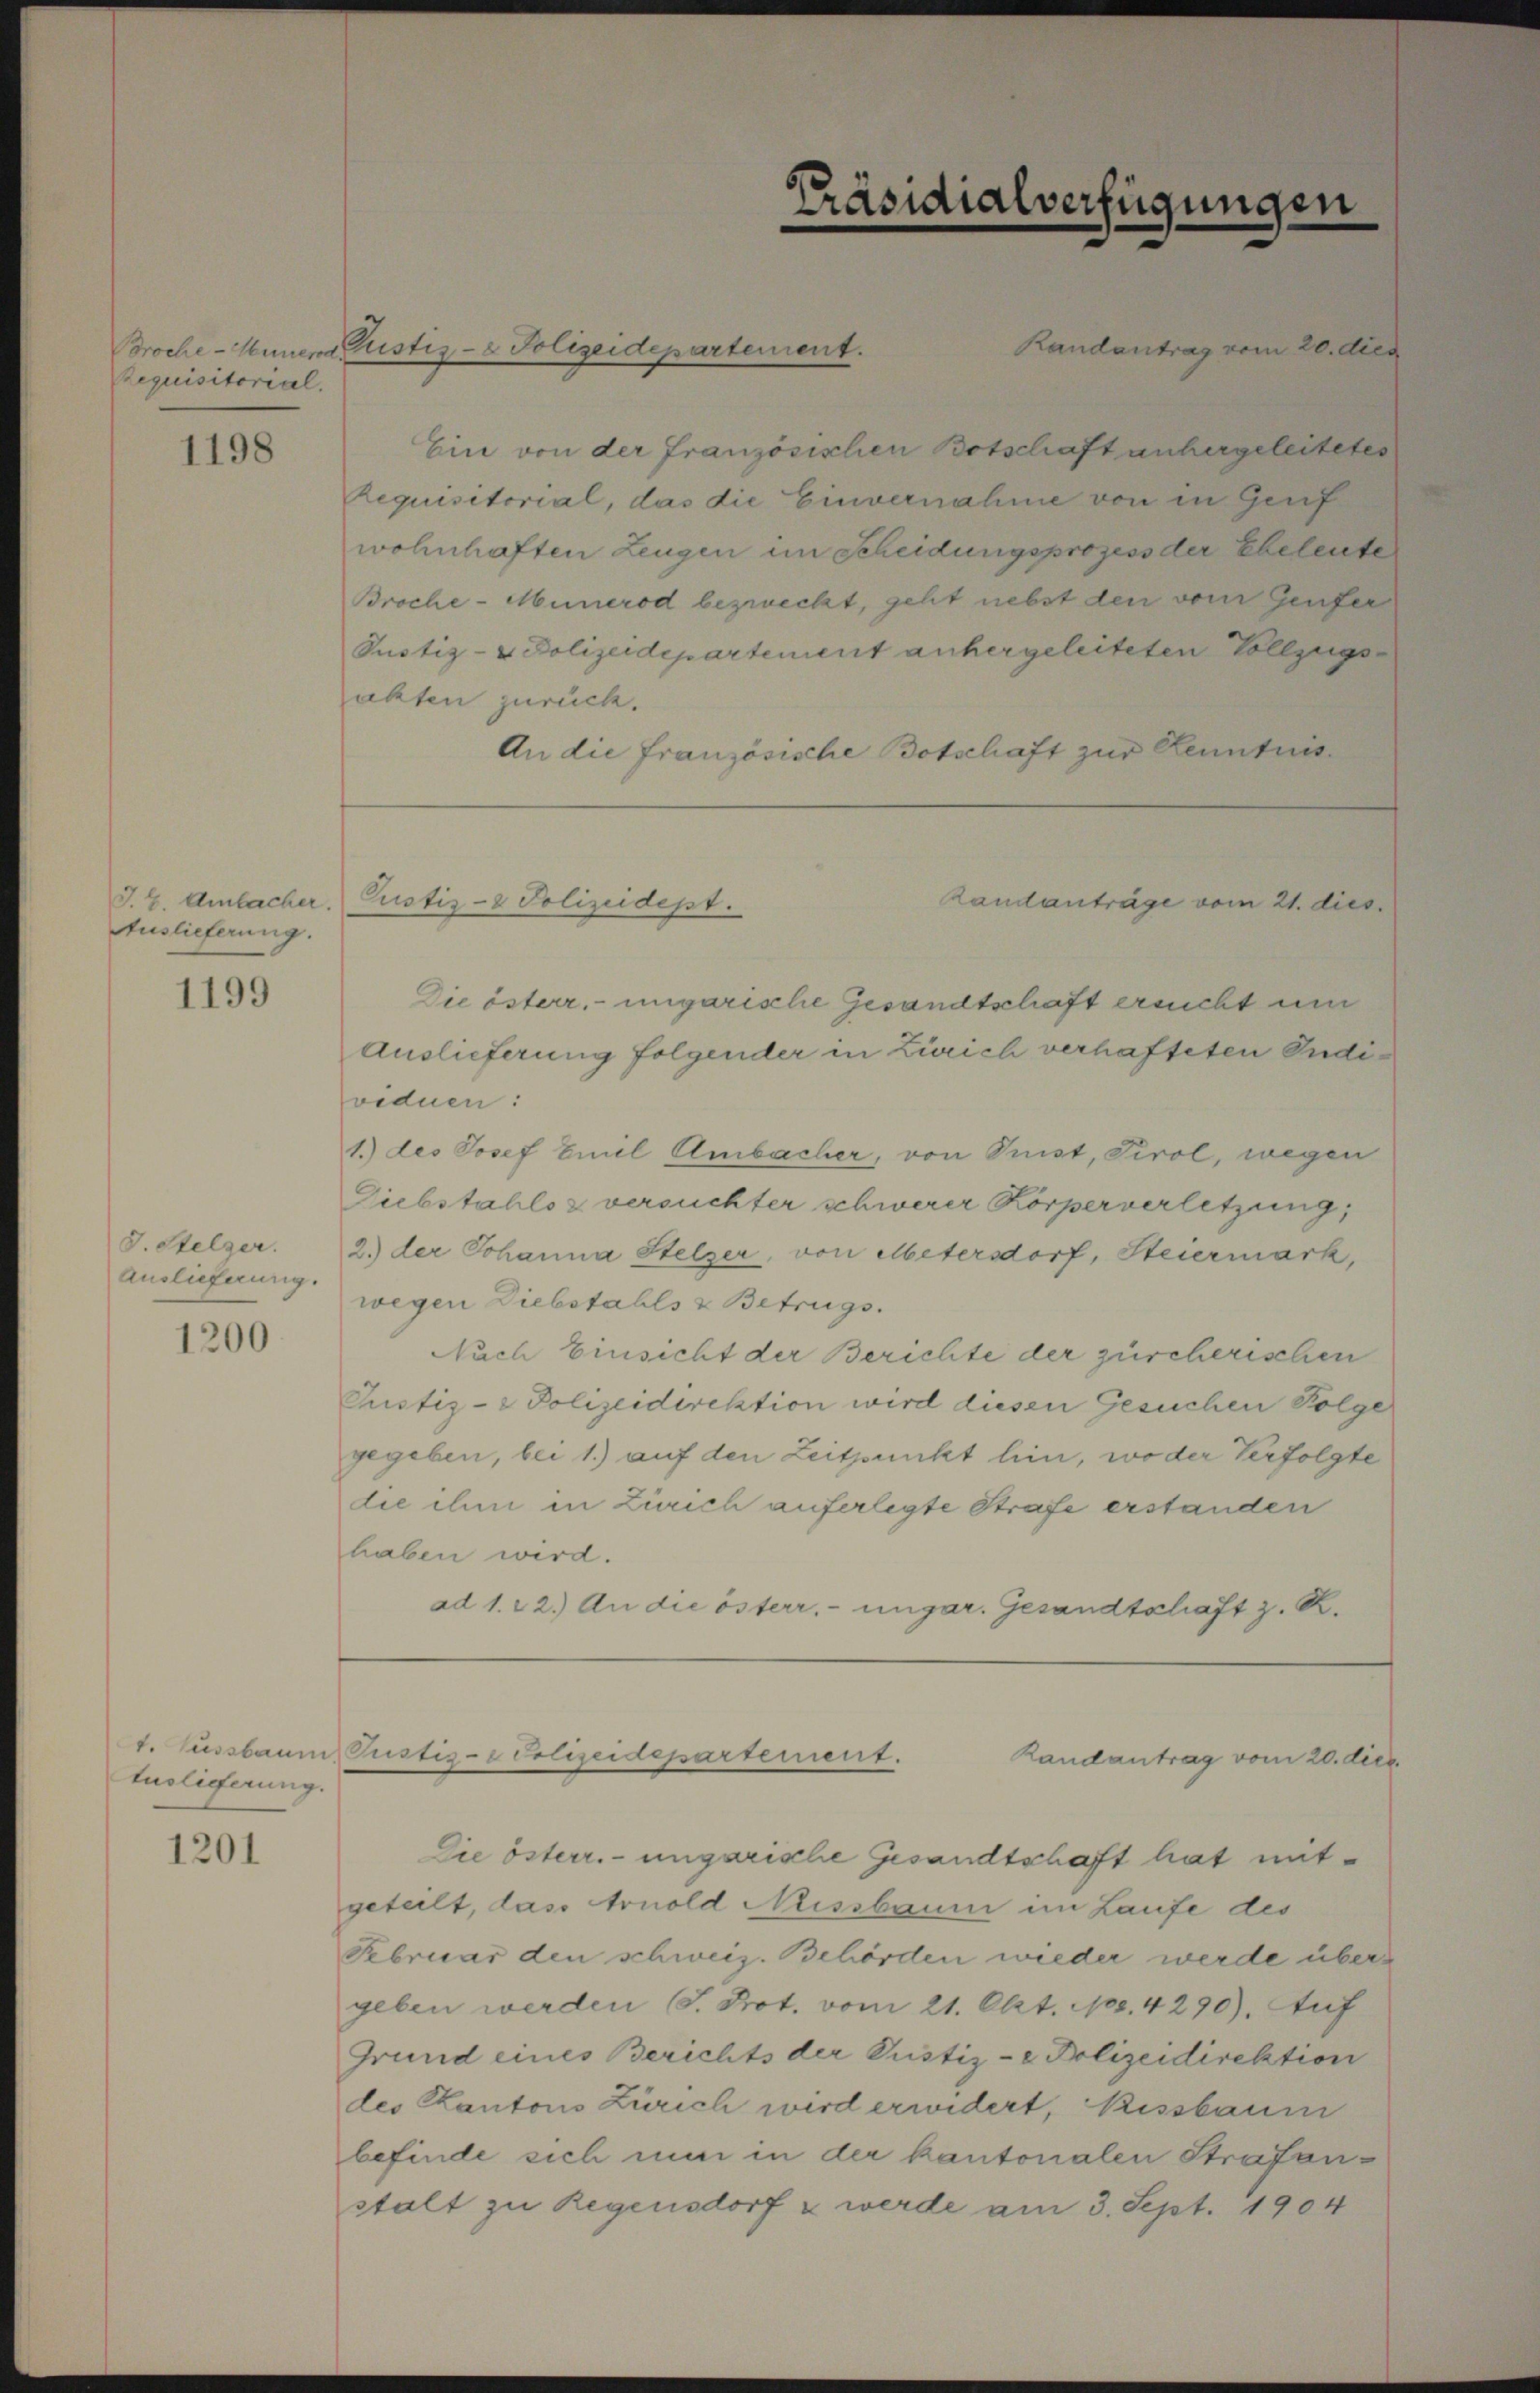
Requisitorial.

1198

J. H. Ambacher.
Auslieferung.

1199

S. Stelzer.
Auslieferung.

1200.

Euslieferung.

1201

Ein von der französischen Botschaft anhergeleitetes
Requisitorial, das die Einvernahme von in Genf
wohnhaften Zeugen im Scheidungsprozess der Eheleute
Broche-Munerod bezweckt, geht nebst den vom Genfer
Justiz- & Polizeidepartement anhergeleiteten Vollzugs
alten zurück.
An die französische Botschaft zur Kenntnis¬

Broche - Miner Fristiz- & Polizeidepartement.

Custiz- & Polizeidept.

Präsidialverfügunger

Die österr. ungarische Gesandtschaft erricht um
Auslieferung folgender in Zürich verhafteten Individuen:
1.) des Josef Emil Ambacher, von Sunst, Tirol, wegen
Giebstahls z versuchter schwerer Körperverletzung,
2.) der Johanna Stelzer, von Metersdorf, Steiermark,
wegen Diebstahls & Betrugs.
Nach Einsicht der Berichte der zürcherischen
Prustiz- & Polizeidirektion wird diesen Gesuchen Folge
gegeben, bei 1.) auf den Zeitpunkt hin, wo der Verfolgte
die ihm in Zürich auferlegte Strafe erstanden
haben wird.
ad 1. 22.) An die österr. ungar. Gesandtschaft z. R.

Randantrag vom 20. dies

Landanträge vom 21. dies

t. Fussbaum Pustiz-Polizeidepartement.
Randantrag vom 20. dies

Die österr.-ungarische Gesandtschaft hat mitgeteilt, dass Arnold Missbaum im Laufe des
Februar den schweiz. Behörden wieder werde übergeben werden S. Prot. vom 21. Okt. 103. 4290). Auf
Grund eines Berichts der Justiz- & Polizeidirektion
des Kantons Zürich wird erwidert, kissbaum
befinde sich nun in der kantonalen Strafanstalt zu Regensdorf u werde am 3. Sept. 1904